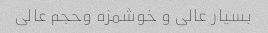
بسیار عالی و خوشمزه وحجم عالی